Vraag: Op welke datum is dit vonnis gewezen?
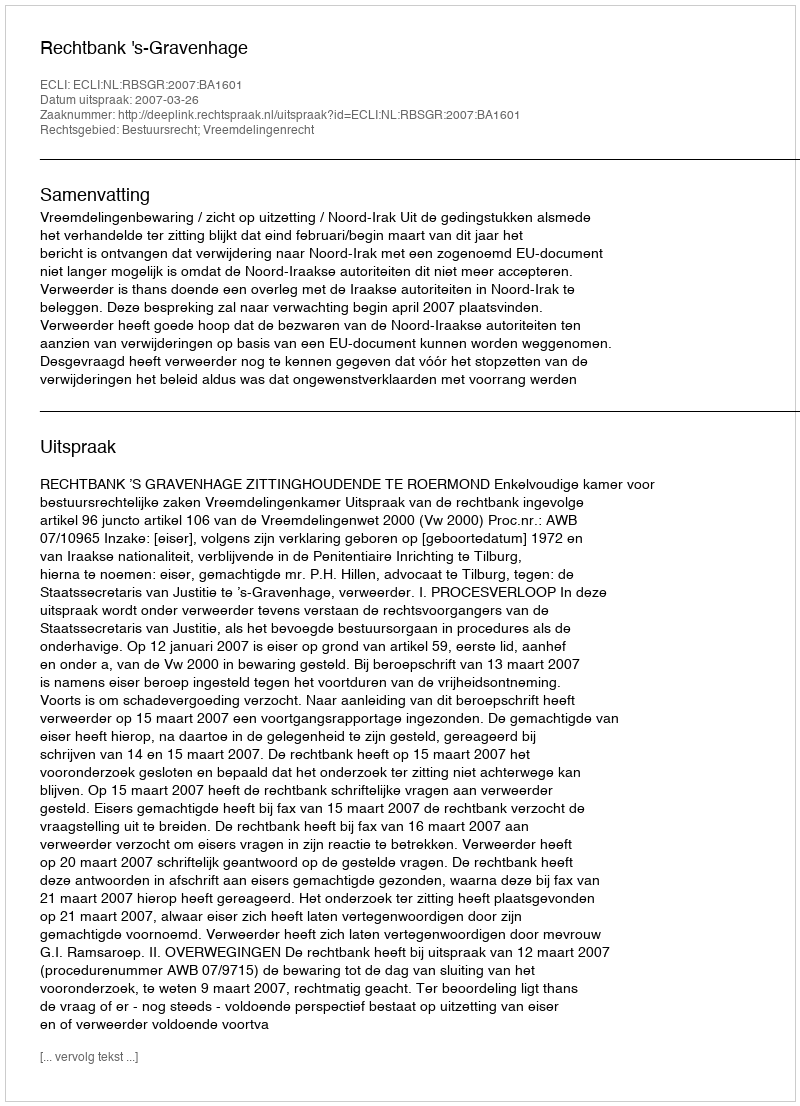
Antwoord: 2007-03-26